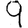
Digit: 9